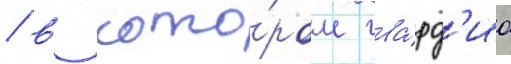
/ в кото́ром гва́рд'иа